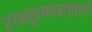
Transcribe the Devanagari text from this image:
रामकृष्णमाचार्य